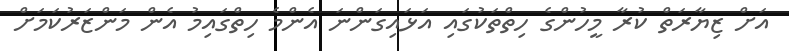
އަށް ޒިޔާރަތް ކުރާ މީހުންގެ ހިތްތަކުގައި އަޅައިގަންނަ އެންމެ ހިތްގައިމު އެން މަންޒަރުކަމަށް